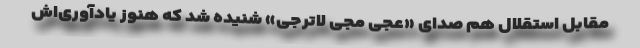
مقابل استقلال هم صدای «عجی مجی لاترجی» شنیده شد که هنوز یادآوری‌اش